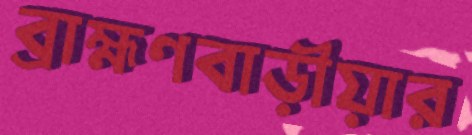
ব্রাহ্মণবাড়ীয়ার